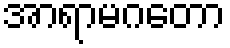
အာရာမဂတော